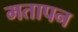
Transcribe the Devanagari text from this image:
मतापन